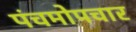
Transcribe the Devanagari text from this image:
पंचमोपचार